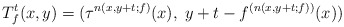
\begin{align*}T_{f}^{t}(x,y)=(\tau^{n(x,y+t;f)}(x),\; y+t-f^{(n(x,y+t;f))}(x))\end{align*}